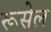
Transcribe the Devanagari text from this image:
रूसेल